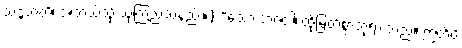
သဒ္ဒဟတိ၊ အဘယ်သို့ ယုံကြည်သနည်း။) “သော ဘဂဝါ၊ ထိုမြတ်စွာဘုရားသည်။ ဣတိပိ